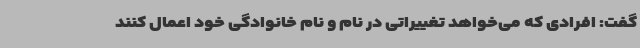
گفت: افرادی که می‌خواهد تغییراتی در نام و نام خانوادگی خود اعمال کنند